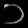
Digit: ၁